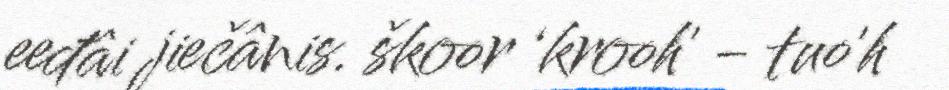
eeđâi jiečânis. škoor ‘krooh' - tuo'h